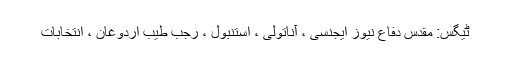
ٹیگس: مقدس دفاع نیوز ایجنسی ، آناتولی ، استنبول ، رجب طیب اردوغان ، انتخابات